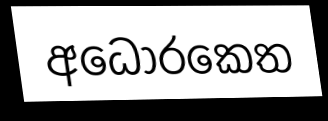
අධොරකෙත